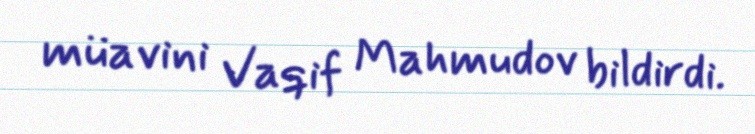
müavini Vaqif Mahmudov bildirdi.